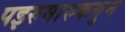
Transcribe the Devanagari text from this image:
पइरुमारुकयुन